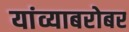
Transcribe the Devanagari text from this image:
यांव्याबरोबर